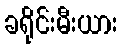
ခရိုင်းမီးယား